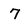
Character: 7